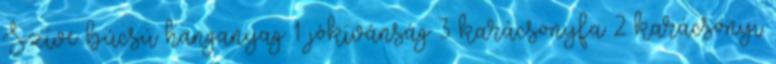
Szíve búcsú hanganyag 1 jókívánság 3 karácsonyfa 2 karácsonyi